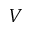
V